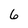
Character: 6